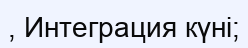
, Интеграция күні;